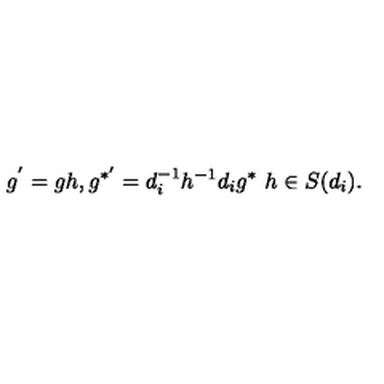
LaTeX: g ^ { ' } = g h , g ^ { * ^ { \prime } } = d _ { i } ^ { - 1 } h ^ { - 1 } d _ { i } g ^ { * } \ h \in S ( d _ { i } ) .